Plague in India, 1896, 1897 - Volume 1
Year: 1896
Disease focus: Plague
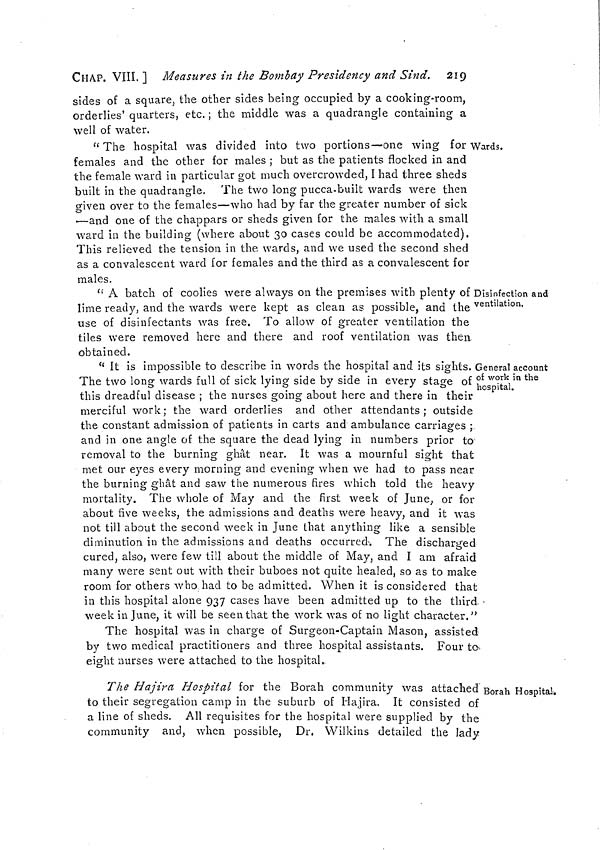
CHAP. VIII, ] Measures in the Bombay Presidency and Sind. 219
sides of a square, the other sides being occupied by a cooking-room,
orderlies' quarters, etc.; the middle was a quadrangle containing a
well of water.
Wards.
" The hospital was divided into two portions—one wing for
females and the other for males ; but as the patients flocked in and
the female ward in particular got much overcrowded, I had three sheds
built in the quadrangle. The two long pucca-built wards were then
given over to the females—who had by far the greater number of sick
—and one of the chappars or sheds given for the males with a small
ward in the building (where about 30 cases could be accommodated).
This relieved the tension in the wards, and we used the second shed
as a convalescent ward for females and the third as a convalescent for
males.
Disinfection and
ventilation.
" A batch of coolies were always on the premises with plenty of
lime ready, and the wards were kept as clean as possible, and the
use of disinfectants was free. To allow of greater ventilation the
tiles were removed here and there and roof ventilation was then
obtained.
General account
of work in the
hospital.
" It is impossible to describe in words the hospital and its sights.
The two long wards full of sick lying side by side in every stage of
this dreadful disease ; the nurses going about here and there in their
merciful work; the ward orderlies and other attendants; outside
the constant admission of patients in carts and ambulance carriages ;
and in one angle of the square the dead lying in numbers prior to
removal to the burning ghat near. It was a mournful sight that
met our eyes every morning and evening when we had to pass near
the burning ghat and saw the numerous fires which told the heavy
mortality. The whole of May and the first week of June, or for
about five weeks, the admissions and deaths were heavy, and it was
not till about the second week in June that anything like a sensible
diminution in the admissions and deaths occurred. The discharged
cured, also, were few till about the middle of May, and I am afraid
many were sent out with their buboes not quite healed, so as to make
room for others who had to be admitted. When it is considered that
in this hospital alone 937 cases have been admitted up to the third
week in June, it will be seen that the work was of no light character."
The hospital was in charge of Surgeon-Captain Mason, assisted
by two medical practitioners and three hospital assistants. Four to
eight nurses were attached to the hospital.
Borah Hospital.
The Hajira Hospital for the Borah community was attached
to their segregation camp in the suburb of Hajira. It consisted of
a line of sheds. All requisites for the hospital were supplied by the
community and, when possible, Dr. Wilkins detailed the lady